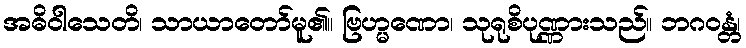
အဓိဝါသေတိ၊ သာယာတော်မူ၏။ ဗြဟ္မဏော၊ သုရုစိပုဏ္ဏားသည်။ ဘဂဝန္တံ၊